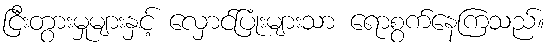
ငြီးတွားမှုများနှင့် လှောင်ပြုံးများသာ ရောစွက်နေကြသည်။